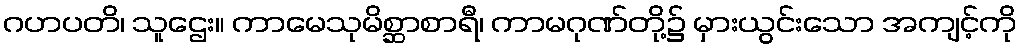
ဂဟပတိ၊ သူဌေး။ ကာမေသုမိစ္ဆာစာရီ၊ ကာမဂုဏ်တို့၌ မှားယွင်းသော အကျင့်ကို